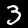
Digit: 3